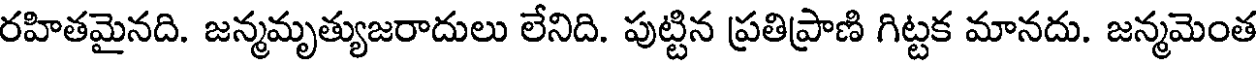
రహితమైనది. జన్మమృత్యుజరాదులు లేనిది. పుట్టిన ప్రతిప్రాణి గిట్టక మానదు. జన్మమెంత